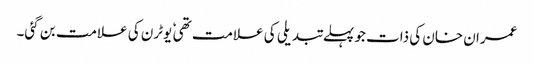
عمران خان کی ذات جو پہلے تبدیلی کی علامت تھی ٗ یوٹرن کی علامت بن گئی۔